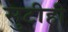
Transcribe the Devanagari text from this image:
सुटीही